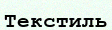
Текстиль